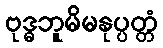
ဗုဒ္ဓဘူမိမနုပ္ပတ္တံ